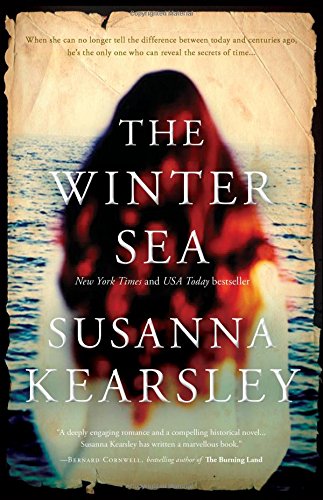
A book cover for The Winter Sea; Susanna Kearsley; Science Fiction & Fantasy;